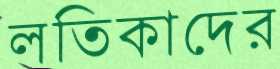
লতিকাদের